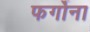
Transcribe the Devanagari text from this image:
फर्गोना